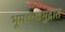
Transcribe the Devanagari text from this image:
भूमध्यसमुद्रात